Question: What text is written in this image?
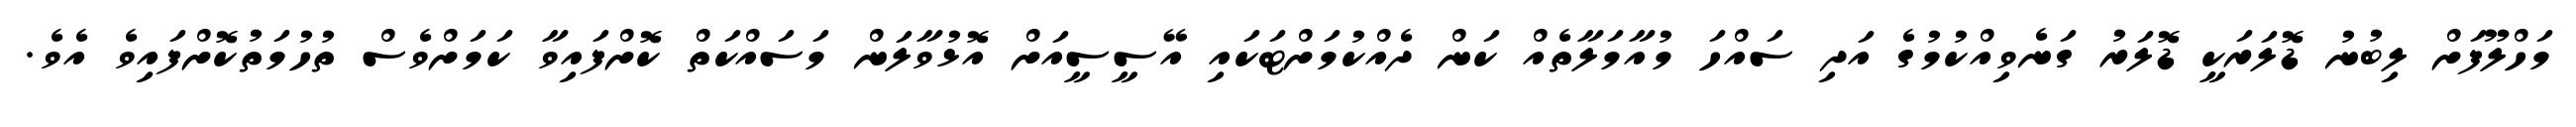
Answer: މަހްލޫފަށް ލިބުނު ޑޮލަރަކީ ޑޮލަރު ގަނެވިއްކުމުގެ އަދި ސައްހަ މުއާމަލާތެއް ކަން ދެއްކުމަށްޓަކައި އޭސީސީއަށް އޮޅުވާލަން މަސައްކަތް ކޮށްފައިވާ ކަމަށްވެސް ތުހުމަތުކޮށްފައިވެ އެވެ.